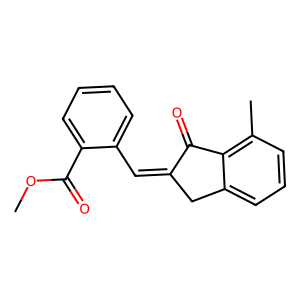
SMILES: COC(=O)c1ccccc1C=C1Cc2cccc(C)c2C1=O
Inhibits HIV replication: No